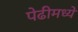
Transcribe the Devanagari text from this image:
पेढीमध्ये